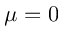
\mu = 0